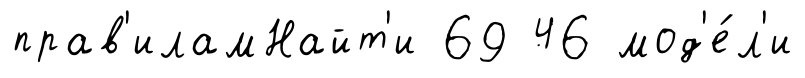
прав'иламНайт'и 69 46 мод'е́л'и